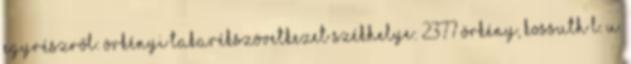
egyrészről: Örkényi Takarékszövetkezet székhelye: 2377 Örkény, Kossuth L. u.